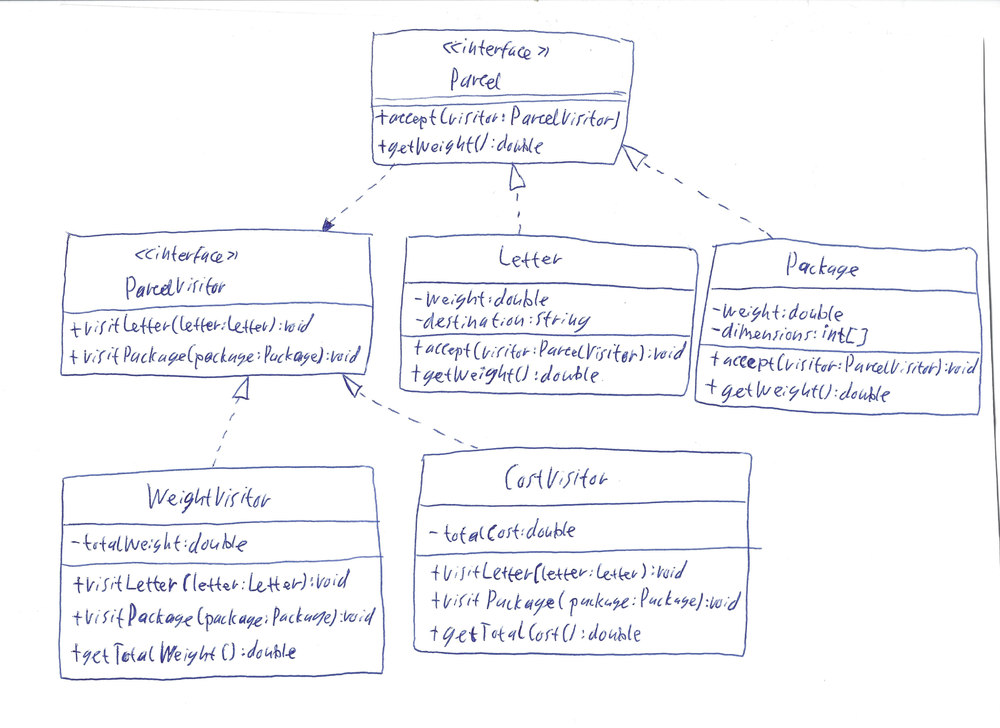
Diagram type: class_diagram
```plantuml
@startuml

interface Parcel {
  + accept(visitor: ParcelVisitor)
  + getWeight(): double
}

interface ParcelVisitor {
  + visitLetter(letter: Letter): void
  + visitPackage(package: Package): void
}

class WeightVisitor implements ParcelVisitor {
  - totalWeight: double
  + visitLetter(letter: Letter): void
  + visitPackage(package: Package): void
  + getTotalWeight(): double
}

class CostVisitor implements ParcelVisitor {
  - totalCost: double
  + visitLetter(letter: Letter): void
  + visitPackage(package: Package): void
  + getTotalCost(): double
}

class Letter implements Parcel {
  - weight: double
  - destination: String
  + accept(visitor: ParcelVisitor): void
  + getWeight(): double
}

class Package implements Parcel {
  - weight: double
  - dimensions: int[]
  + accept(visitor: ParcelVisitor): void
  + getWeight(): double
}

Parcel ..> ParcelVisitor

@enduml
```